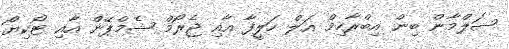
ސަލްމާން ބިން އިބްރާހިމް އަލް ހަލީފާ އާއި ޖެރޯމް ޝެމްޕޭން އާއި ޓޯކިޔޯ